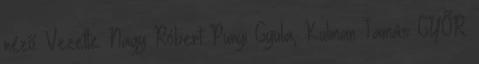
néző. Vezette: Nagy Róbert Punyi Gyula, Kulman Tamás GYŐR: